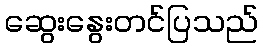
ဆွေးနွေးတင်ပြသည်